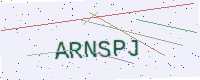
Text: ARNSPJ